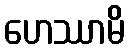
ဟေဿာမိ